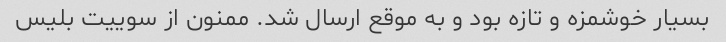
بسیار خوشمزه و تازه بود و به موقع ارسال شد. ممنون از سوییت بلیس